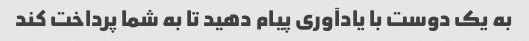
به یک دوست با یادآوری پیام دهید تا به شما پرداخت کند